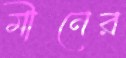
মীনের